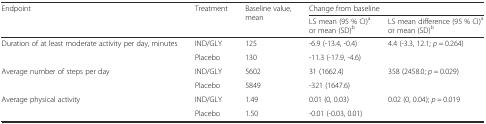
| <ROWSPAN=2> Endpoint | <ROWSPAN=2> Treatment | <ROWSPAN=2> Baseline value, mean | <COLSPAN=2> Change from baseline |
 | LS mean (95 % CI)aor mean (SD)b | LS mean difference (95 % CI)aor mean (SD)b |
 | --- | --- | --- | --- | --- |
 | <ROWSPAN=2> Duration of at least moderate activity per day, minutes | IND/GLY | 125 | -6.9 (-13.4, -0.4) | <ROWSPAN=2> 4.4 (-3.3, 12.1; p = 0.264) |
 | Placebo | 130 | -11.3 (-17.9, -4.6) |
 | <ROWSPAN=2> Average number of steps per day | IND/GLY | 5602 | 31 (1662.4) | <ROWSPAN=2> 358 (2458.0; p = 0.029) |
 | Placebo | 5849 | -321 (1647.6) |
 | <ROWSPAN=2> Average physical activity | IND/GLY | 1.49 | 0.01 (0, 0.03) | <ROWSPAN=2> 0.02 (0, 0.04); p = 0.019 |
 | Placebo | 1.50 | -0.01 (-0.03, 0.01) |